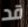
قد